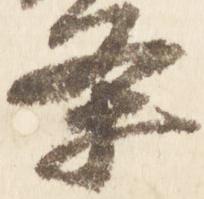
条